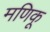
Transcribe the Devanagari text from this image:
मणिकू